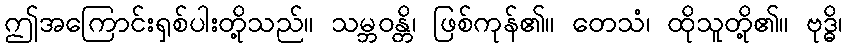
ဤအကြောင်းရှစ်ပါးတို့သည်။ သမ္ဘဝန္တိ၊ ဖြစ်ကုန်၏။ တေသံ၊ ထိုသူတို့၏။ ဗုဒ္ဓိ၊